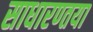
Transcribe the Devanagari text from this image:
साधारण्तया